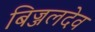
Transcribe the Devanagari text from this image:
बिज्जलदेव